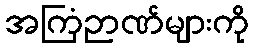
အကြံဉာဏ်များကို